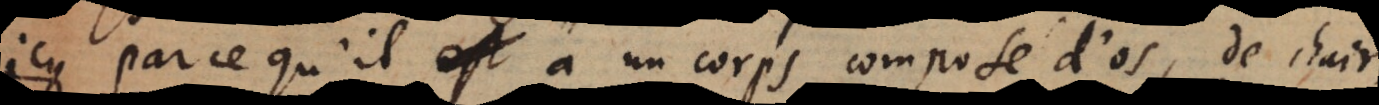
icy, parce qu’il a un corps composé d’os, de chair,